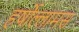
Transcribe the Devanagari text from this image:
हर्षोल्लामस